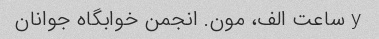
y ساعت الف، مون. انجمن خوابگاه جوانان